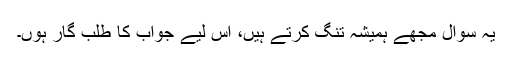
یہ سوال مجھے ہمیشہ تنگ کرتے ہیں، اس لیے جواب کا طلب گار ہوں۔